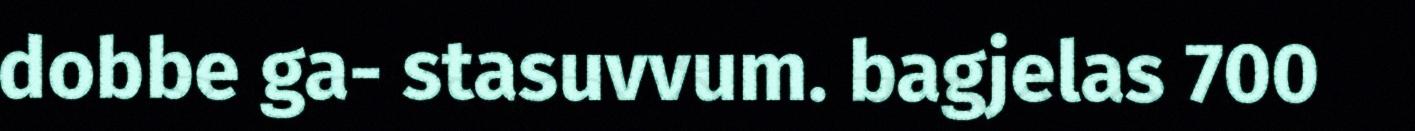
dobbe ga- stasuvvum. bagjelas 700